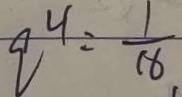
q ^ { 4 } = \frac { 1 } { 1 6 }